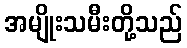
အမျိုးသမီးတို့သည်